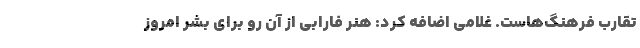
تقارب فرهنگ‌هاست. غلامی اضافه کرد: هنر فارابی از آن رو برای بشر امروز